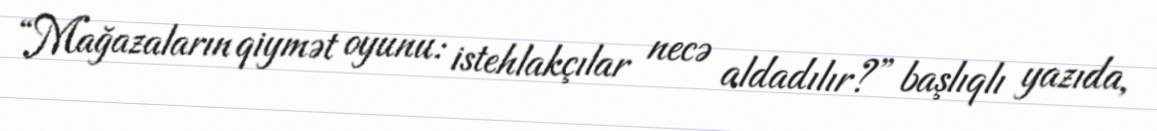
“Mağazaların qiymət oyunu: istehlakçılar necə aldadılır?” başlıqlı yazıda,